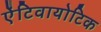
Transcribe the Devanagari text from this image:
ऐंटिवायोटिक